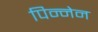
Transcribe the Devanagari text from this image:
पिन्नेन